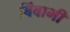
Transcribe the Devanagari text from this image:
बिंबाभी